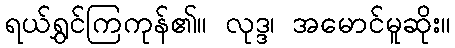
ရယ်ရွှင်ကြကုန်၏။ လုဒ္ဒ၊ အမောင်မူဆိုး။